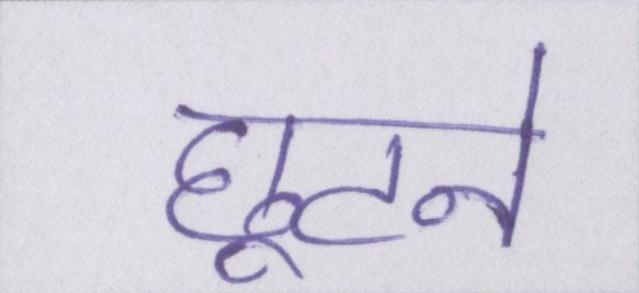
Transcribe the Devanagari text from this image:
छूटने